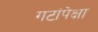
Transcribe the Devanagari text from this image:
गटांपेक्षा